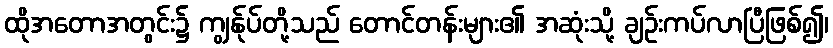
ထိုအတောအတွင်း၌ ကျွန်ုပ်တို့သည် တောင်တန်းများ၏ အဆုံးသို့ ချဉ်းကပ်လာပြီဖြစ်၍၊